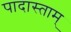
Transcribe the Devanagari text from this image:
पादास्ताम्